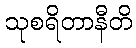
သုစရိတာနီတိ